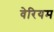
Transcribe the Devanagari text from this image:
वेरियम